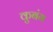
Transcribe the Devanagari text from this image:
कुबंग